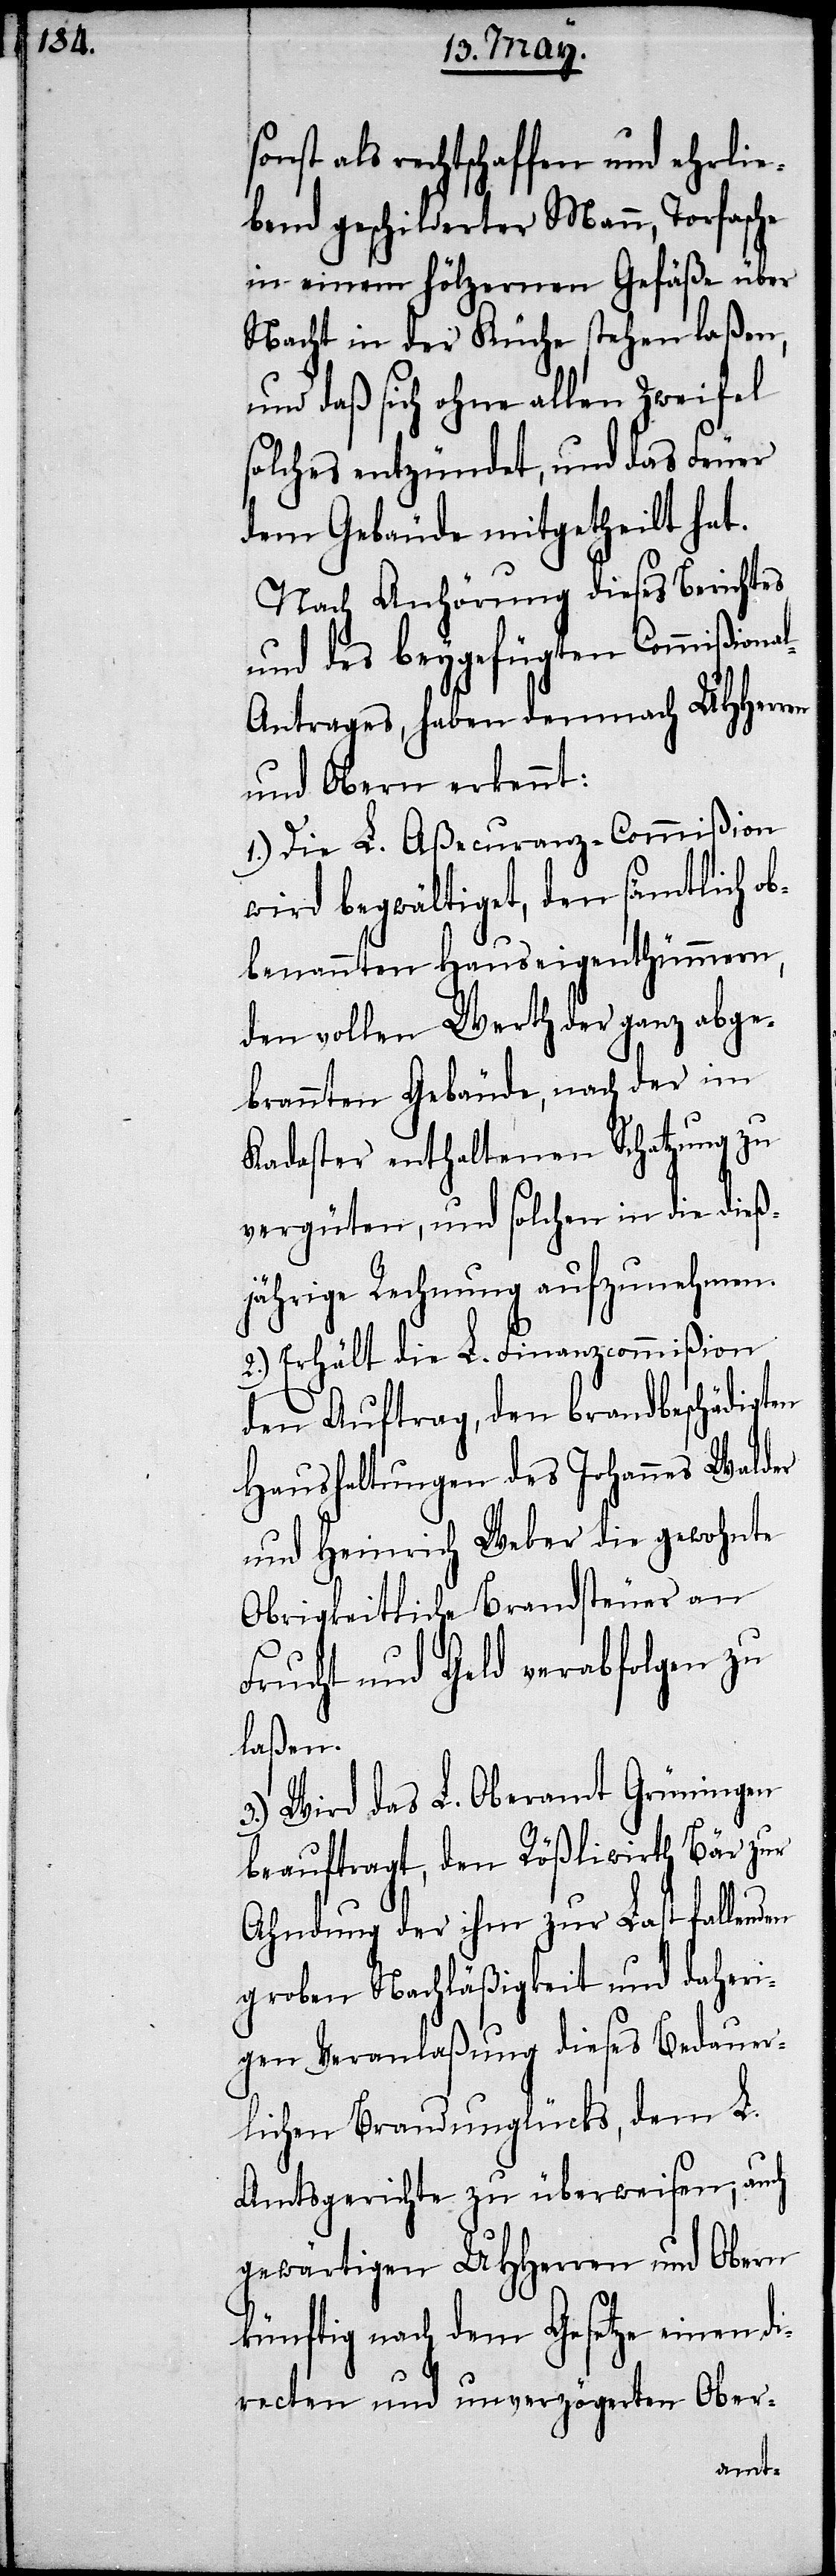
sonst als rechtschaffen und ehrlie¬
bend geschilderter Mann, Torfasche
in einem hölzernen Gefäße über
Nacht in der Küche stehen laßen,
und daß sich ohne allen Zweifel
solches entzündet, und das Feuer
dem Gebäude mitgetheilt hat.
Nach Anhörung dieses Berichtes
und des beygefügten Commißiona¬
l-Antrages, haben demnach UHHerren
und Obern erkennt:
1.) Die L. Aßecuranz-Commißion
wird begwältiget, den sämtlich ob¬
benannten Hauseigenthümern,
den vollen Werth der ganz abge¬
brannten Gebäude, nach der im
Kadaster enthaltenen Schatzung zu
vergüten, und solchen in dieß¬
jährige Rechnung aufzunehmen.
2.) Erhält die L. Finanzcommißion
den Auftrag, den brandbeschädigten
Haushaltungen des Johannes Walder
und Heinrich Weber die gewohnte
Obrigkeitliche Brandsteuer an
Frucht und Geld verabfolgen zu
laßen.
3.) Wird das L. Oberamt Grüningen
beauftragt, den Rößliwirth Bär zur
Ahndung der ihm zur Last fallenden
groben Nachläßigkeit und daheri¬
gen Veranlaßung dieses Bedauer¬
lichen Brandunglücks, dem L.
Amtsgerichte zu überweisen; auch
gewärtigen UHHerren und Obern
künftig nach dem Gesetze einen di¬
recten und unverzögerten Ober-